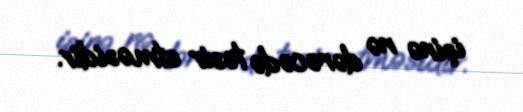
işinə nə dərəcədə təsir etməsidir.